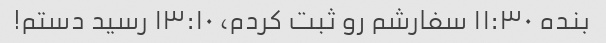
بنده ۱۱:۳۰ سفارشم رو ثبت کردم، ۱۳:۱۰ رسید دستم!